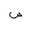
Letter: _sad